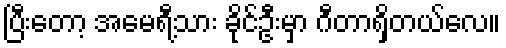
ပြီးတော့ အမေရီ့သား ခိုင်ဦးမှာ ဂီတာရှိတယ်လေ။